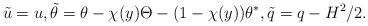
LaTeX: \begin{align*}\tilde{u}=u,\tilde{\theta}=\theta-\chi(y)\Theta-(1-\chi(y))\theta^*, \tilde{q}=q-H^2/2.\end{align*}